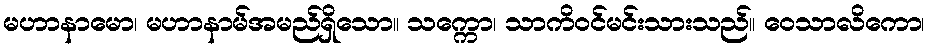
မဟာနာမော၊ မဟာနာမ်အမည်ရှိသော။ သက္ကော၊ သာကိဝင်မင်းသားသည်။ ဝေသာလိကော၊